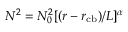
N ^ { 2 } = N _ { 0 } ^ { 2 } [ ( r - r _ { \mathrm { c b } } ) / L ] ^ { \alpha }